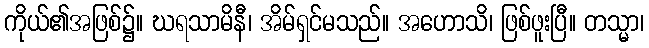
ကိုယ်၏အဖြစ်၌။ ဃရသာမိနီ၊ အိမ်ရှင်မသည်။ အဟောသိ၊ ဖြစ်ဖူးပြီ။ တသ္မာ၊